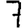
Digit: 7